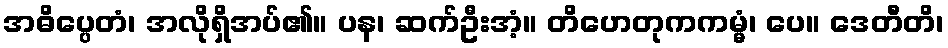
အဓိပ္ပေတံ၊ အလိုရှိအပ်၏။ ပန၊ ဆက်ဦးအံ့။ တိဟေတုကကမ္မံ၊ ပေ။ ဒေတီတိ၊